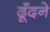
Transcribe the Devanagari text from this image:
ढूँदने